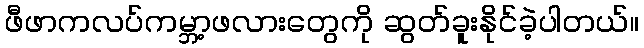
ဖီဖာကလပ်ကမ္ဘာ့ဖလားတွေကို ဆွတ်ခူးနိုင်ခဲ့ပါတယ်။